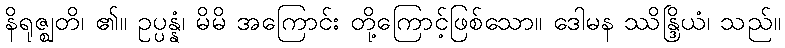
နိရုဇ္ဈတိ၊ ၏။ ဥပ္ပန္နံ၊ မိမိ အကြောင်း တို့ကြောင့်ဖြစ်သော။ ဒေါမန ဿိန္ဒြိယံ၊ သည်။